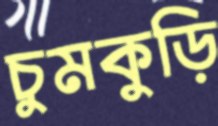
চুমকুড়ি